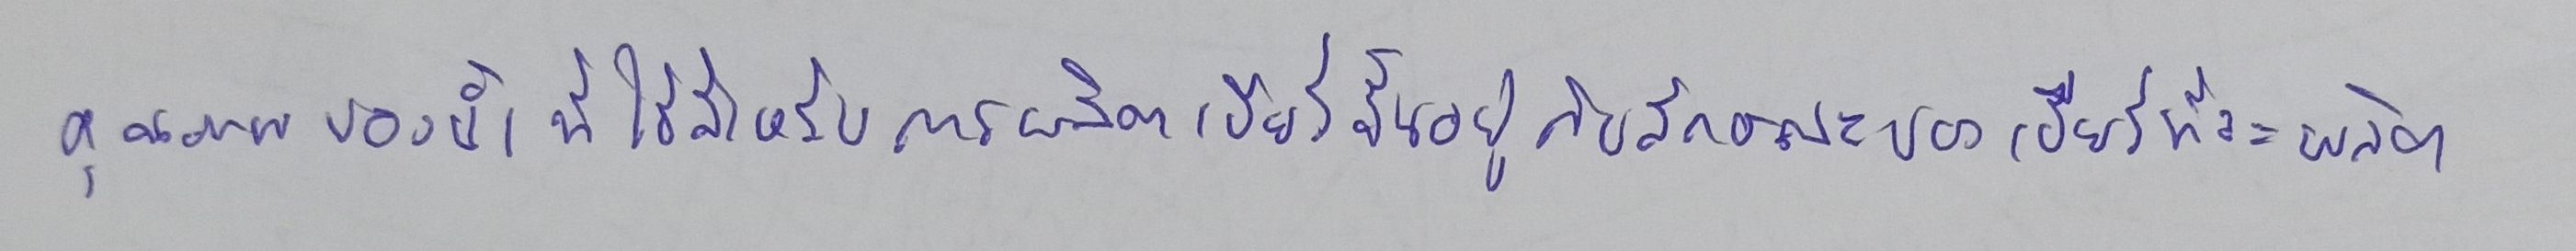
คุณภาพของน้ำที่ใช้สำหรับการผลิตเบียร์ขึ้นอยู่กับลักษณะของเบียร์ที่จะผลิต